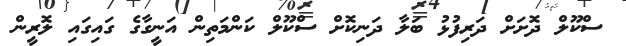
ސްކޫލް ދޮށަށް ދަރިފުޅު ބަލާ ދަނިކޮށް ސްކޫލް ކަންމަތިން އަނީގާގެ ގައިގައި ލޮރީން